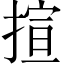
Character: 揎